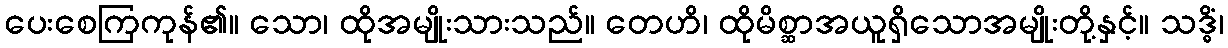
ပေးစေကြကုန်၏။ သော၊ ထိုအမျိုးသားသည်။ တေဟိ၊ ထိုမိစ္ဆာအယူရှိသောအမျိုးတို့နှင့်။ သဒ္ဓိံ၊